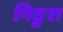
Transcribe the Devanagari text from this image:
निठुरा